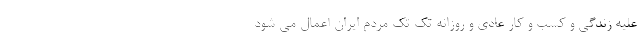
علیه زندگی و کسب و کار عادی و روزانه تک تک مردم ایران اعمال می شود